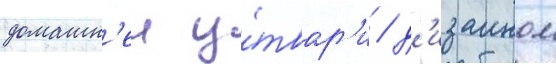
домашн'еи у́твар'и / д'изаином